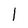
Character: l